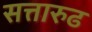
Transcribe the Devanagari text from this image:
सत्तारुढ